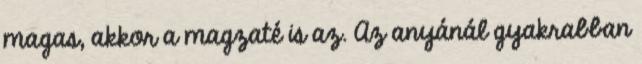
magas, akkor a magzaté is az. Az anyánál gyakrabban